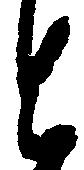
と